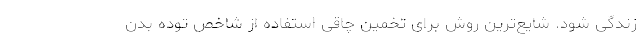
زندگی شود. شایع‌ترین روش برای تخمین چاقی استفاده از شاخص توده بدن